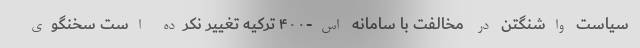
سیاست واشنگتن در مخالفت با سامانه اس-۴۰۰ ترکیه تغییر نکرده است سخنگوی